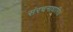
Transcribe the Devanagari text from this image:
संरचनाधारित